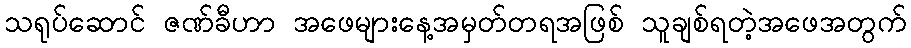
သရုပ်ဆောင် ဇဏ်ခီဟာ အဖေများနေ့အမှတ်တရအဖြစ် သူချစ်ရတဲ့အဖေအတွက်